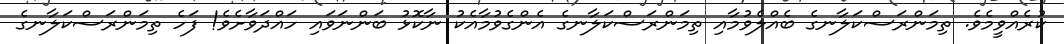
ކުރެއްވީމެވެ. ތިމަންރަސްކަލާނގެ ބެއްލެވުމާއި ތިމަންރަސްކަލާނގެ އެންގެވުމާއެކު ނާކޮޅު ބަންނަވައި ހައްދަވާށެވެ! ފަހެ ތިމަންރަސްކަލާނގެ